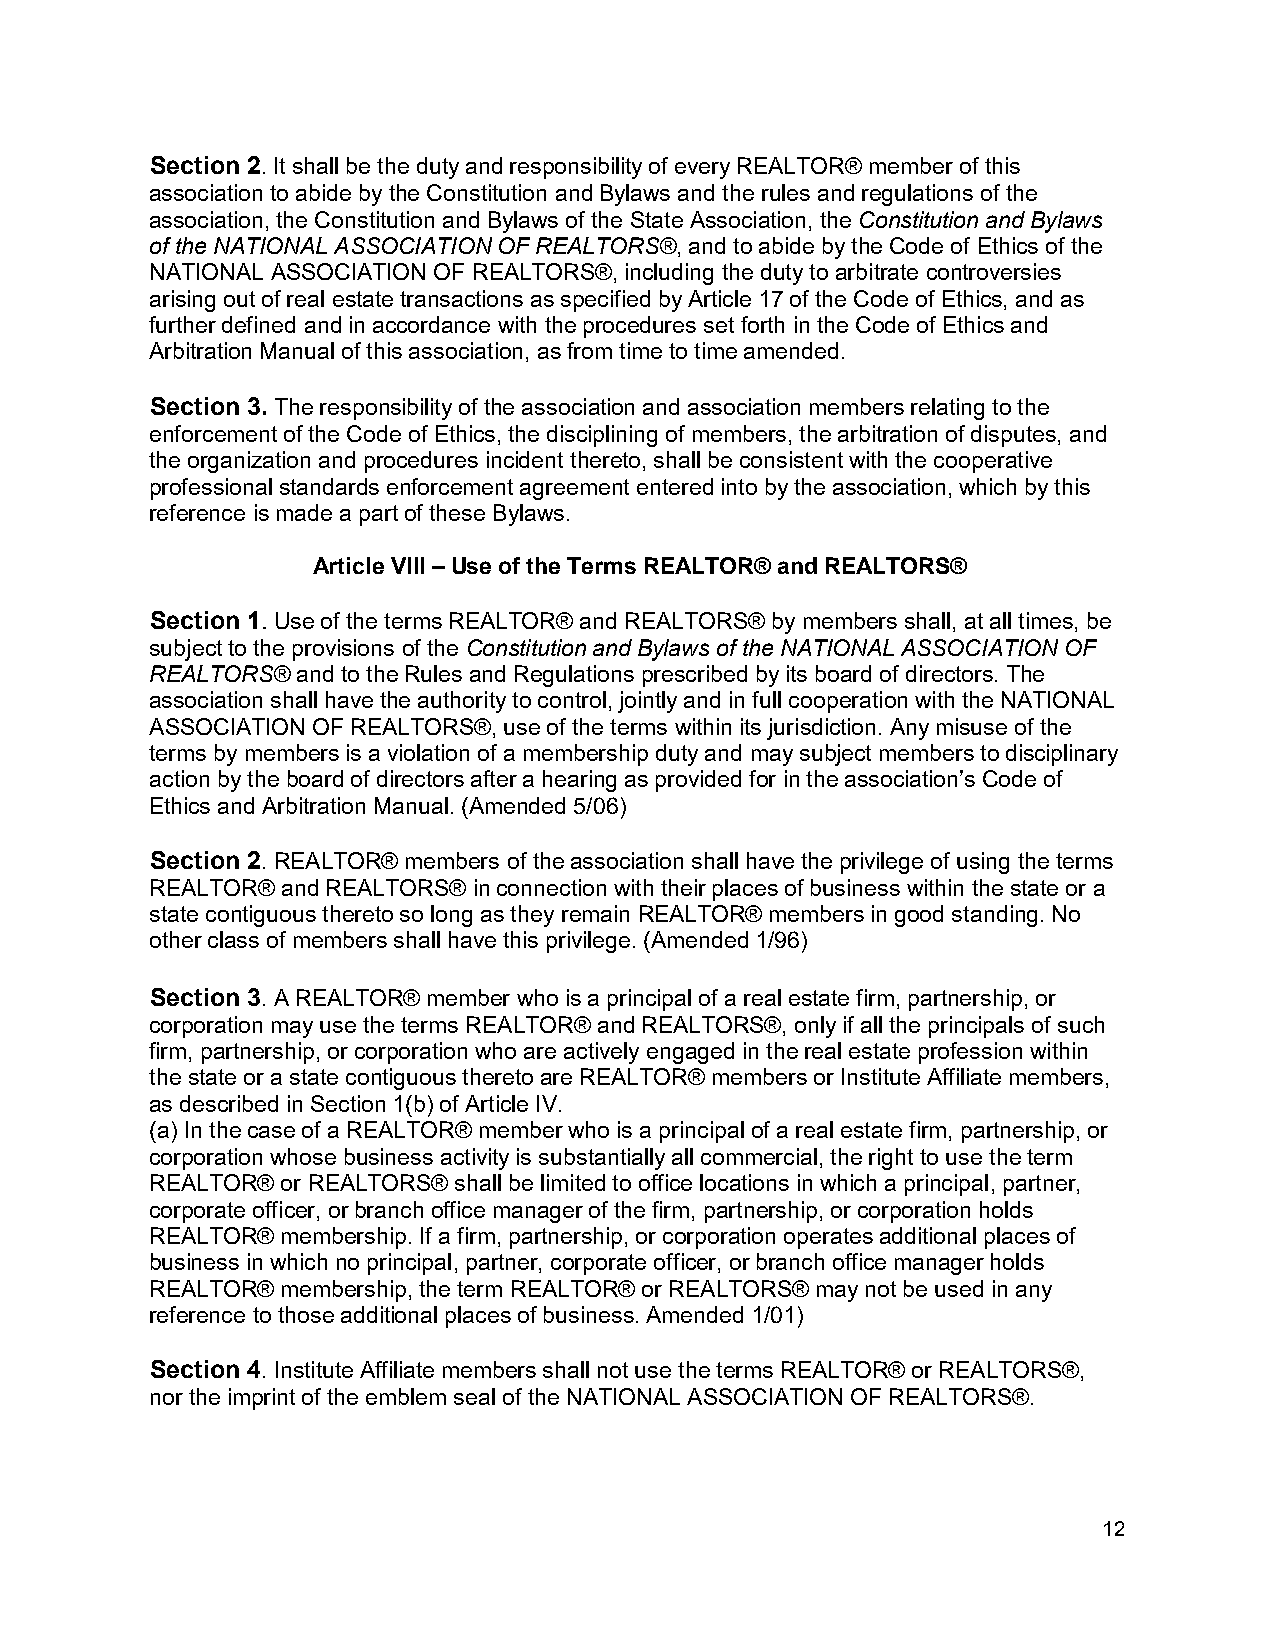
Section 2. It shall be the duty and responsibility of every REALTOR® member of this
 association to abide by the Constitution and Bylaws and the rules and regulations of the
 association, the Constitution and Bylaws of the State Association, the Constitution and Bylaws
 of the NATIONAL ASSOCIATION OF REALTORS®, and to abide by the Code of Ethics of the
 NATIONAL ASSOCIATION OF REALTORS®, including the duty to arbitrate controversies
 arising out of real estate transactions as specified by Article 17 of the Code of Ethics, and as
 further defined and in accordance with the procedures set forth in the Code of Ethics and
 Arbitration Manual of this association, as from time to time amended.
 Section 3. The responsibility of the association and association members relating to the
 enforcement of the Code of Ethics, the disciplining of members, the arbitration of disputes, and
 the organization and procedures incident thereto, shall be consistent with the cooperative
 professional standards enforcement agreement entered into by the association, which by this
 reference is made a part of these Bylaws.
 Article VIII – Use of the Terms REALTOR® and REALTORS®
 Section 1. Use of the terms REALTOR® and REALTORS® by members shall, at all times, be
 subject to the provisions of the Constitution and Bylaws of the NATIONAL ASSOCIATION OF
 REALTORS® and to the Rules and Regulations prescribed by its board of directors. The
 association shall have the authority to control, jointly and in full cooperation with the NATIONAL
 ASSOCIATION OF REALTORS®, use of the terms within its jurisdiction. Any misuse of the
 terms by members is a violation of a membership duty and may subject members to disciplinary
 action by the board of directors after a hearing as provided for in the association’s Code of
 Ethics and Arbitration Manual. (Amended 5/06)
 Section 2. REALTOR® members of the association shall have the privilege of using the terms
 REALTOR® and REALTORS® in connection with their places of business within the state or a
 state contiguous thereto so long as they remain REALTOR® members in good standing. No
 other class of members shall have this privilege. (Amended 1/96)
 Section 3. A REALTOR® member who is a principal of a real estate firm, partnership, or
 corporation may use the terms REALTOR® and REALTORS®, only if all the principals of such
 firm, partnership, or corporation who are actively engaged in the real estate profession within
 the state or a state contiguous thereto are REALTOR® members or Institute Affiliate members,
 as described in Section 1(b) of Article IV.
 (a) In the case of a REALTOR® member who is a principal of a real estate firm, partnership, or
 corporation whose business activity is substantially all commercial, the right to use the term
 REALTOR® or REALTORS® shall be limited to office locations in which a principal, partner,
 corporate officer, or branch office manager of the firm, partnership, or corporation holds
 REALTOR® membership. If a firm, partnership, or corporation operates additional places of
 business in which no principal, partner, corporate officer, or branch office manager holds
 REALTOR® membership, the term REALTOR® or REALTORS® may not be used in any
 reference to those additional places of business. Amended 1/01)
 Section 4. Institute Affiliate members shall not use the terms REALTOR® or REALTORS®,
 nor the imprint of the emblem seal of the NATIONAL ASSOCIATION OF REALTORS®.
 12